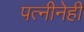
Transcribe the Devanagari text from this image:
पत्नीनेही